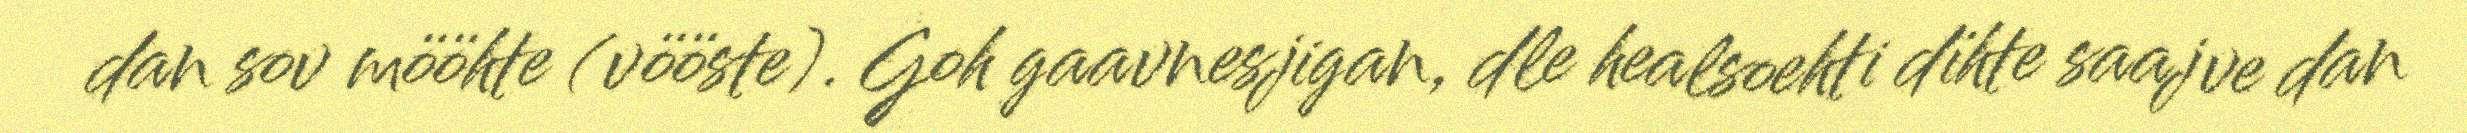
dan sov mööhte (vööste). Goh gaavnesjigan, dle healsoehti dïhte saajve dan